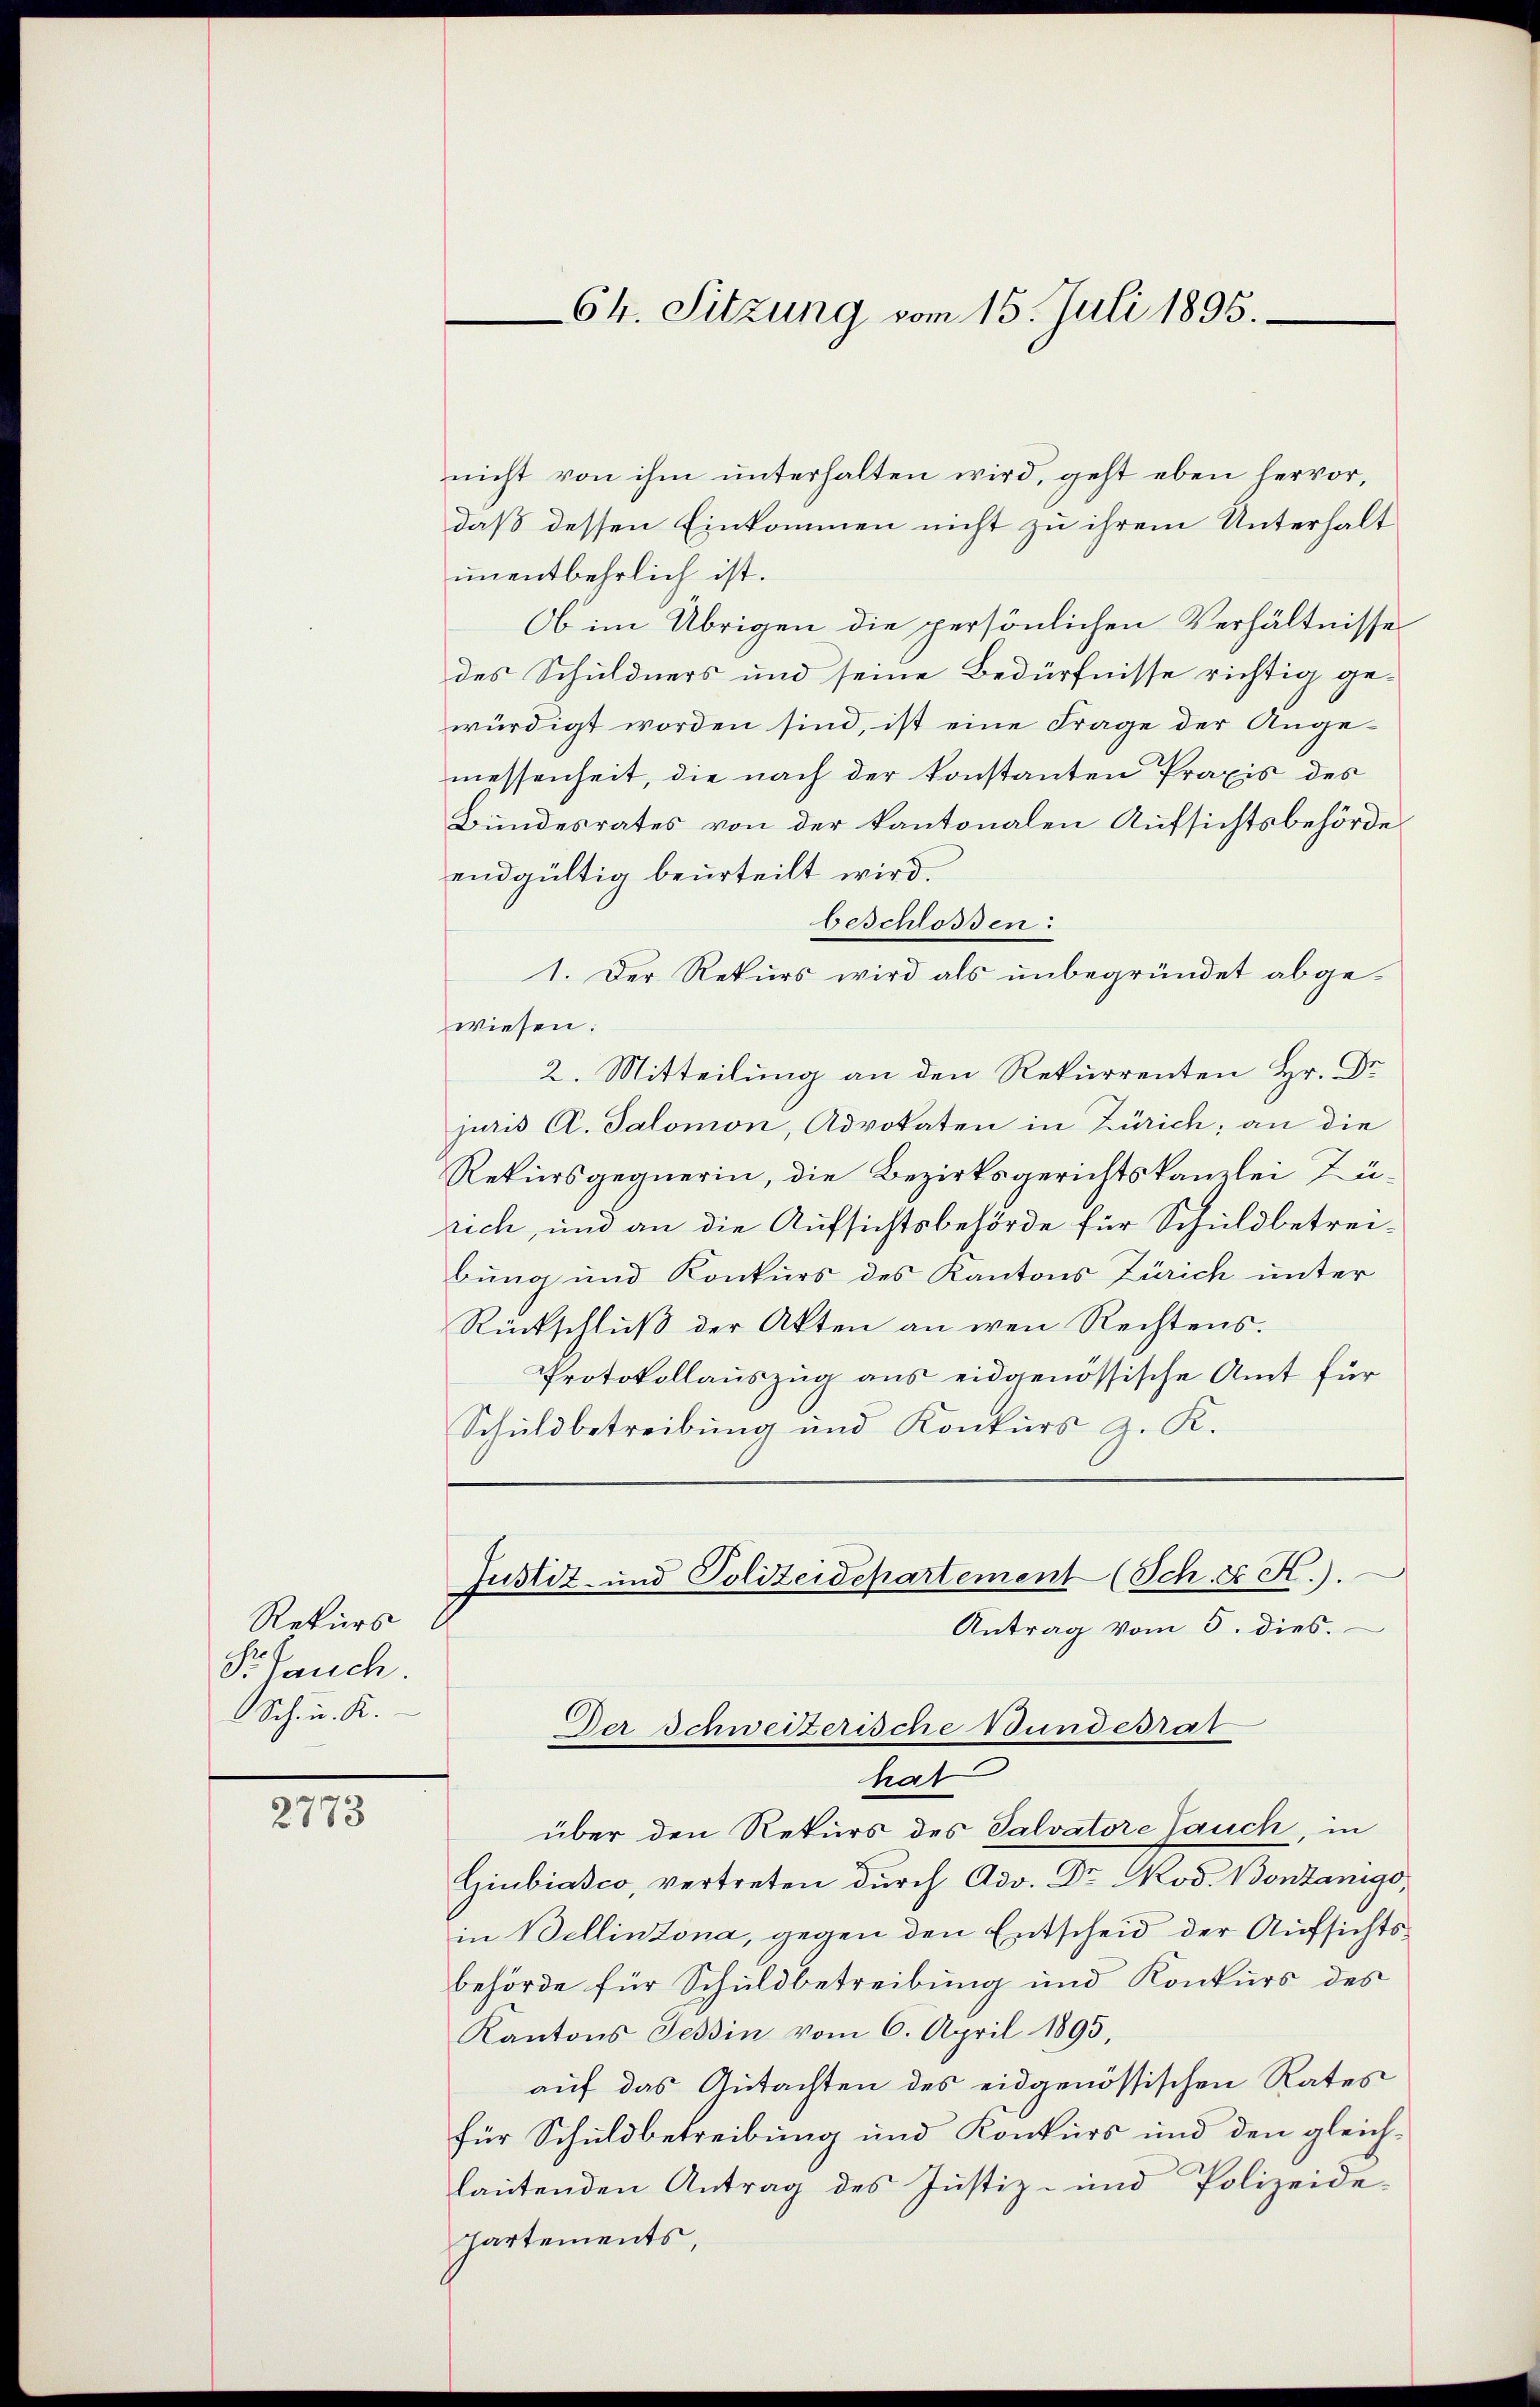
Rekurs
PrLauch.
Sch. u. K.

2773

nicht von ihm unterhalten wird, geht eben hervor,
daß dessen Einkommen nicht zu ihrem Unterhalt
unentbehrlich ist.
Ob im Übrigen die persönlichen Verhältnisse
des Schuldners und seine Bedürfnisse richtig gewürdigt worden sind, ist eine Frage der Angemessenheit, die nach der konstanten Praxis des
Bundesrates von der kantonalen Aufsichtsbehörde
endgültig beurteilt wird.
beschlossen:
1. Der Rekurs wird als unbegründet abgewiesen.
2. Mitteilung an den Rekurrenten Hr. Dr
juris A. Salomon, Advokaten in Zürich; an die
Rekursgegnerin, die Bezirksgerichtskanzlei Zürich, und an die Aufsichtsbehörde für Schuldbetreibung und Konkurs des Kantons Zürich unter
Rückschluß der Akten an wen Rechtens.
Protokollauszug aus eidgenössische Amt für
Schuldbetreibung und Konkurs z. K.
Justiz- und Polizeidepartement (Sch. E K.).
Antrag vom 5. dies.
Der Schweizerische Bundesrat
hat
über den Rekurs des Salvatore Jauch, in
Giubiasco, vertreten durch Adv. Dr. Rod. Bonzanige,
in Bellinzona, gegen den Entscheid der Aufsichtsbehörde für Schuldbetreibung und Konkurs des
Kantons Tessin vom 6. April 1895,
auf das Gutachten des eidgenössischen Rates
für Schuldbetreibung und Konkurs und den gleichlautenden Antrag des Justiz- und Polizeide-
Partements,

Ch. Sitzung vom 15. Juli 1895.